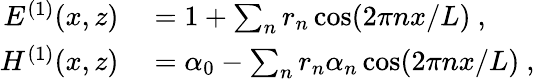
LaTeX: \begin{array}{rl}{E^{(1)}(x,z)}&{{}=1+\sum_{n}r_{n}\cos(2\pi nx/L)\mathrm{~,~}}\\ {H^{(1)}(x,z)}&{{}=\alpha_{0}-\sum_{n}r_{n}\alpha_{n}\cos(2\pi nx/L)\mathrm{~,~}}\end{array}